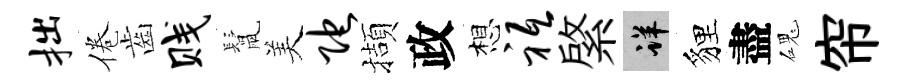
拙倦齒贱鬛美陀擷政想祗綮详貍盡磈帘